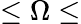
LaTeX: \leq\Omega\leq